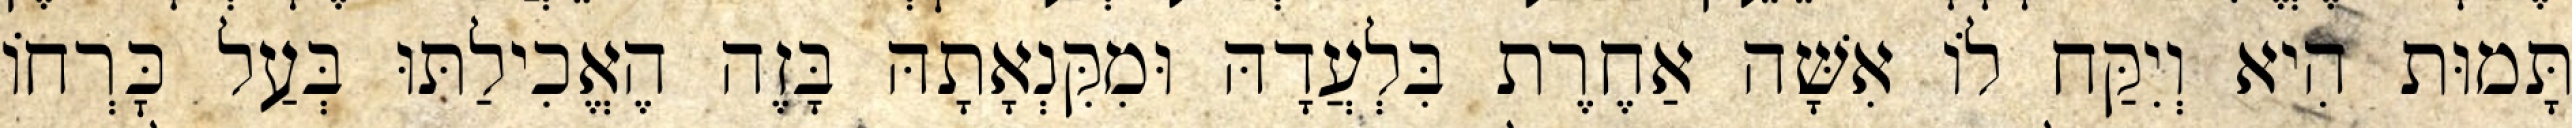
תָּמוּת הִיא וְיִקַּח לוֹ אִשָּׁה אַחֶרֶת בִּלְעֲדָהּ וּמִקִּנְאָתָהּ בָּזֶה הֶאֱכִילַתּוּ בְּעַל כׇּרְחוֹ